Annual administration report of the Civil Veterinary Department of India - 1893-1894
Year: 1893
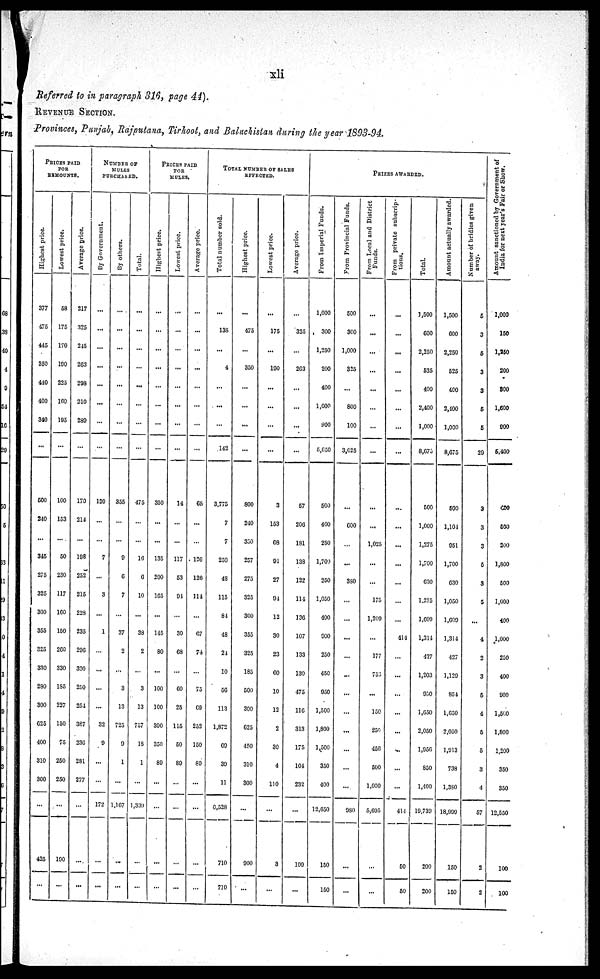
xli
Referred to in paragraph 316, page 44).
REVENUE SECTION.
Provinces, Punjab, Rajputana, Tirhoot, and Baluchistan during the year 1893-94.
PRICES PAID
FOR
REMOUNTS.
Hi ghes t price.
377
475
445
350
440
400
340
...
500
240
...
345
275
325
300
355
325
330
280
300
625
400
310
300
...
425
...
Lowe s t price.
58
175
170
190
225
160
195
...
100
153
...
50
230
117
160
150
260
330
185
227
150
75
250
250
...
190
...
Ave r
a ge price.
217
325
245
263
298
210
289
...
170
214
...
198
252
215
228
235
296
330
250
254
387
236
281
277
...
...
...
NUMBER OF
MULES
PURCHASED.
By Go v e r
n me n t.
...
...
...
...
...
...
...
...
120
...
...
7
...
3
...
1
...
...
...
...
32
9
...
...
172
...
...
By others.
...
...
...
...
...
...
...
...
355
...
...
9
6
7
...
37
2
...
3
13
725
9
1
...
1,167
...
...
Tot al .
...
...
...
...
...
...
...
...
475
...
...
16
6
10
...
38
2
...
3
13
757
18
1
...
1,339
...
...
PRICES PAID
FOR
MULES.
Hi ghes t price.
...
...
...
...
...
...
...
...
350
...
...
135
200
165
...
145
80
...
100
100
390
350
89
...
...
...
Lowe s t price.
...
...
...
...
...
...
...
...
14
...
...
117
53
94
...
30
68
...
60
25
115
50
89
...
...
...
...
Ave r
a ge price.
...
...
...
...
...
...
...
...
65
...
...
126
126
114
...
07
74
...
75
09
252
150
so
...
...
...
TOTAL NUMBER OF SALES
EFFECTED.
Tot al number sold.
...
138
...
4
...
...
...
142
3,775
7
7
250
48
115
84
48
24
10
56
113
1,872
69
39
11
6,528
710
710
Hi ghes t price.
475
...
350
...
...
...
...
800
240
350
257
275
325
300
355
325
185
500
300
625
450
310
300
...
900
...
Lowe s t price.
...
175
...
190
...
...
...
...
3
153
68
91
27
94
12
30
23
60
10
12
2
30
4
110
...
3
...
Ave r
a ge price.
...
325
263
...
...
...
...
57
206
181
138
122
114
136
107
133
130
475
116
313
175
104
232
...
109
...
PRIZES AWARDED.
Fr om I mper i al Funds .
1,000
300
1,250
200
400
1,600
900
5,650
500
400
250
1,709
250
1,050
400
900
250
450
950
1,500
1,800
1,500
350
400
12,650
150
150
Fr om Provincial Funds.
500
300
1,000
325
...
800
100
3,025
600
...
...
380
...
...
...
...
...
...
...
...
...
...
980
...
...
Fr om Local and District
Funds.
...
...
...
...
...
...
...
...
...
1,025
...
...
175
1,209
...
177
756
...
150
250
456
500
1,000
5,095
...
Fr om private subscrip-
tions.
...
...
...
...
...
...
...
...
...
...
...
...
...
414
...
...
...
...
...
...
...
...
414
60
50
Total.
1,500
600
2,250
525
400
2,400
1,000
8,675
500
1,000
1,275
1,700
630
1,225
1,609
1,314
427
1,203
930
1,650
2,050
1,956
850
1,400
19,739
200
200
Amount actually awarded.
1,500
600
2,250
525
400
2,400
1,000
8,675
500
1,104
951
1,700
630
1,050
1,609
1,314
427
1,129
854
1,650
2,050
1,913
738
1,380
18,999
150
150
Number of bridles given
away.
5
3
5
3
3
5
5
29
3
3
3
5
3
5
...
4
2
3
5
4
5
5
3
4
57
2
2
Amount sanctioned by Government of
I ndi a for next y e a r ' s Fai r or Show.
1,000
150
1,250
200
300
1,600
900
5,400
480
500
200
1,800
500
1,000
400
1,000
250
400
900
1,500
1,800
1,200
350
350
12,550
100
100